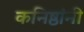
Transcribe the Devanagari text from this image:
कनिष्ठांनी